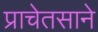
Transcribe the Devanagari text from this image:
प्राचेतसाने